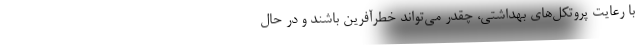
با رعایت پروتکل‌های بهداشتی، چقدر می‌تواند خطرآفرین باشند و در حال